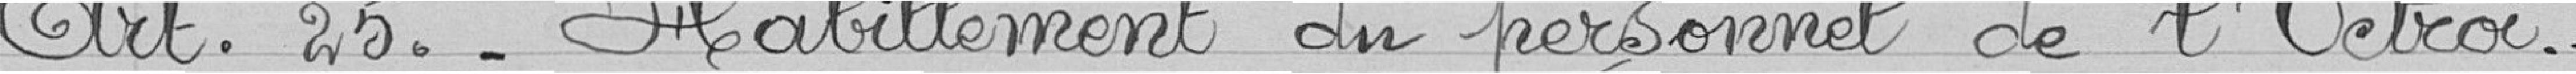
Art 25 : Habillement du personnel de l'Octroi